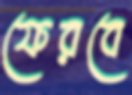
ফেরবে